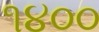
૧૪૦૦